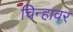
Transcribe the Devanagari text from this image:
चिन्हावर